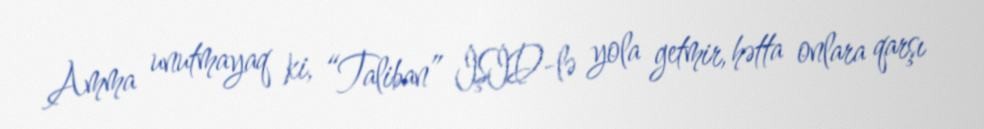
Amma unutmayaq ki, “Taliban” İŞİD-lə yola getmir, hətta onlara qarşı